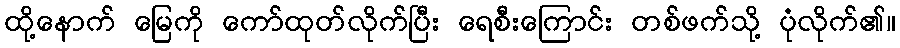
ထို့နောက် မြေကို ကော်ထုတ်လိုက်ပြီး ရေစီးကြောင်း တစ်ဖက်သို့ ပုံလိုက်၏။